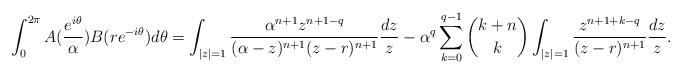
LaTeX: \begin{align*}\int_0^{2\pi} A(\frac{e^{i\theta}}{\alpha})B(re^{-i\theta})d\theta&=\int_{|z|=1} \frac{\alpha^{n+1} z^{n+1-q}}{(\alpha-z)^{n+1}(z-r)^{n+1}}\frac{dz}{z}-\alpha^q\sum_{k=0}^{q-1} \binom{k+n}{k}\int_{|z|=1} \frac{ z^{n+1+k-q}}{(z-r)^{n+1}}\frac{dz}{z}.\end{align*}